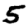
Digit: 5